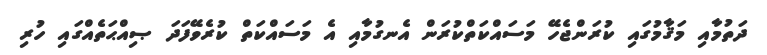
ދަތުމާއި މަޤާމުގައި ކުރަންޖެހޭ މަސައްކަތްކުރަން އެނގުމާއި އެ މަސައްކަތް ކުރެވޭފަދަ ޞިއްޙަތެއްގައި ހުރި